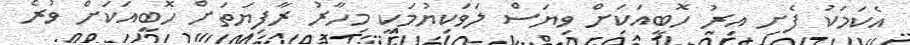
އެކަމަކު ފެށި އިރު ހޮބީއަކަށް ވިޔަސް ލަވަކިޔުމަކީ މިހާރު ރާފިޔަތަށް ހޮބީއަކަށް ވުރެ